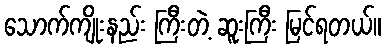
သောက်ကျိုးနည်း ကြီးတဲ့ ဆူးကြီး မြင်ရတယ်။